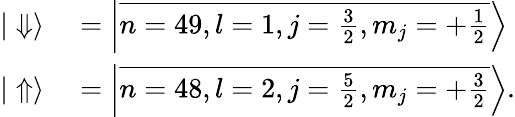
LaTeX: \begin{array}{rl}{|\Downarrow\rangle}&{{}=\left|\overline{{n=49,l=1,j=\frac{3}{2},m_{j}=+\frac{1}{2}}}\right\rangle}\\ {|\Uparrow\rangle}&{{}=\left|\overline{{n=48,l=2,j=\frac{5}{2},m_{j}=+\frac{3}{2}}}\right\rangle.}\end{array}